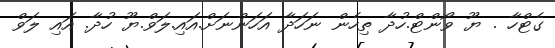
ގެޓްހާ . ޔޫ ވޯންޓް.ހުދާ ތިހެން ނަހަދާ އަހަންނަށް.އައި.ލަވް.ޔޫ ހުދާ. އައި ލަވް